Indian journal of veterinary science and animal husbandry - Volumes 28-29, 1958-1959
Year: 1958
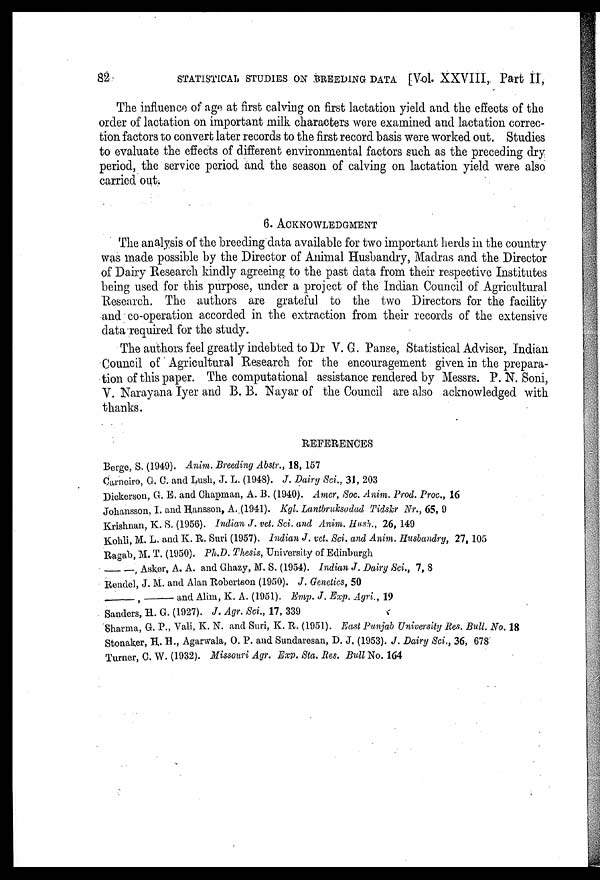
82
STATISTICAL STUDIES ON BREEDING DATA [Vol. XXVIII, Part II
The influence of age at first calving on first lactation yield and the effects of the
order of lactation on important milk characters were examined and lactation correc-
tion factors to convert later records to the first record basis were worked out. Studies
to evaluate the effects of different environmental factors such as the preceding dry
period, the service period and the season of calving on lactation yield were also
carried out.
6. ACKNOWLEDGMENT
The analysis of the breeding data available for two important herds in the country
was made possible by the Director of Animal Husbandry, Madras and the Director
of Dairy Research kindly agreeing to the past data from their respective Institutes
being used for this purpose, under a project of the Indian Council of Agricultural
Research. The authors are grateful to the two Directors for the facility
and co-operation accorded in the extraction from their records of the extensive
data required for the study.
The authors feel greatly indebted to Dr V. G. Panse, Statistical Adviser, Indian
Council of Agricultural Research for the encouragement given in the prepara
tion of this paper. The computational assistance rendered by Messrs. P. N. Soni
V. Narayana Iyer and B. B. Nayar of the Council are also acknowledged with
thanks.
REFERENCES
Berge, S. (1949). Anim. Breeding Abstr., 18, 157
Carnciro, G. C. and Lush, J. L. (1948). J. Dairy Sci., 31, 203
Dickerson, G. E. and Chapman, A. B. (1940). Amer, Soc. Anim. Prod. Proc., 16
Johansson, I. and Hansson, A. (1941). Kgl. Lantbruksadad Tidskr Nr., 65, 9
Krishnan, K. S. (1956). Indian J. vet. Sci. and Anim. Hush., 26, 149
Kohli, M. L. and K. R. Suri (1957). Indian J. vet. Sci. and Anim. Husbandry, 27, 105
Ragab, M. T. (1950). Ph.D. Thesis, University of Edinburgh
—
Asker, A. A. and Ghazy, M. S. (1954). Indian J. Dairy Sci., 7, 8
Rendel, J. M. and Alan Robertson (1950). J. Genetics, 50
— , — and Alim, K. A. (1951). Emp. J. Exp. Agri., 19
Sanders, H. G. (1927). J. Agr. Sci., 17, 339
Sharma, G. P., Vali, K. N. and Suri, K. R. (1951). East Punjab University Res. Bull. No. 18
Stonaker, H. H., Agarwala, O. P. and Sundaresan, D. J. (1953). J. Dairy Sci., 36, 678
Turner, C. W. (1932). Missouri Agr. Exp. Sta. Res. Bull No. 164